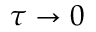
\tau \rightarrow 0